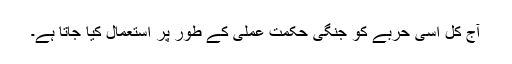
آج کل اسی حربے کو جنگی حکمتِ عملی کے طور پر استعمال کیا جاتا ہے۔